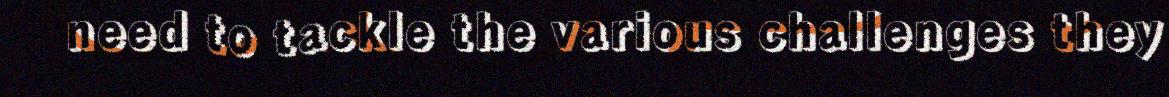
need to tackle the various challenges they